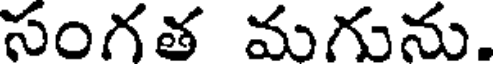
సంగత మగును.